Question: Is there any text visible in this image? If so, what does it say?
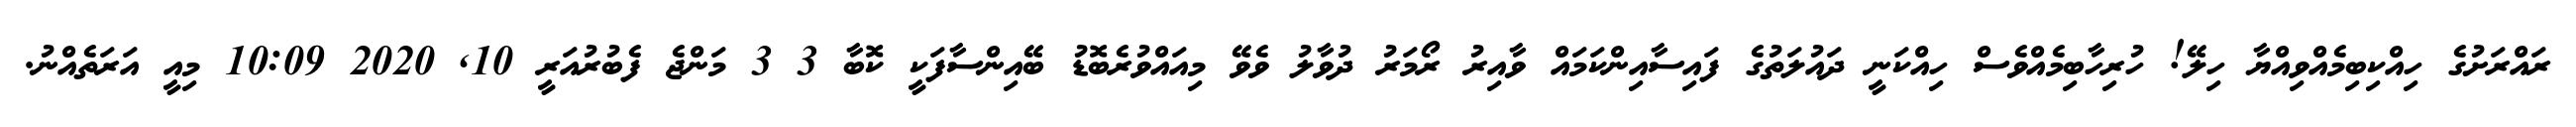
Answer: ރައްރަށުގެ ހިއްކިބިމެއްވިއްޔާ ހިލޭ! ހުރިހާބިމެއްވެސް ހިއްކަނީ ދައުލަތުގެ ފައިސާއިންކަމައް ވާއިރު ރޯމަރު ދުވާލު ވެވޭ މިއައްވުރެބޮޑު ބޭއިންސާފަކީ ކޮބާ 3 3 މަންޖެ ފެބުރުއަރީ 10, 2020 10:09 މިއީ އަރަތެއްނު.